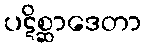
ပဋိစ္ဆာဒေတာ